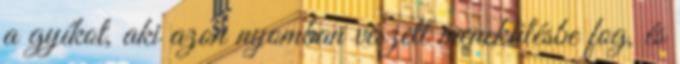
a gyíkot, aki azon nyomban veszett menekülésbe fog, és